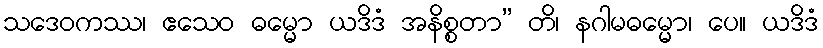
သဒေဝကဿ၊ ဧသေဝ ဓမ္မော ယဒိဒံ အနိစ္စတာ” တိ၊ နဂါမဓမ္မော၊ ပေ။ ယဒိဒံ